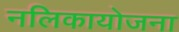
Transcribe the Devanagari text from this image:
नलिकायोजना